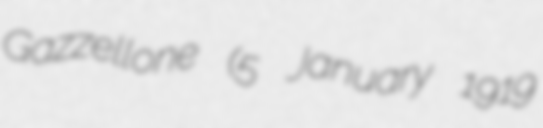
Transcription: Gazzellone (5 January 1919